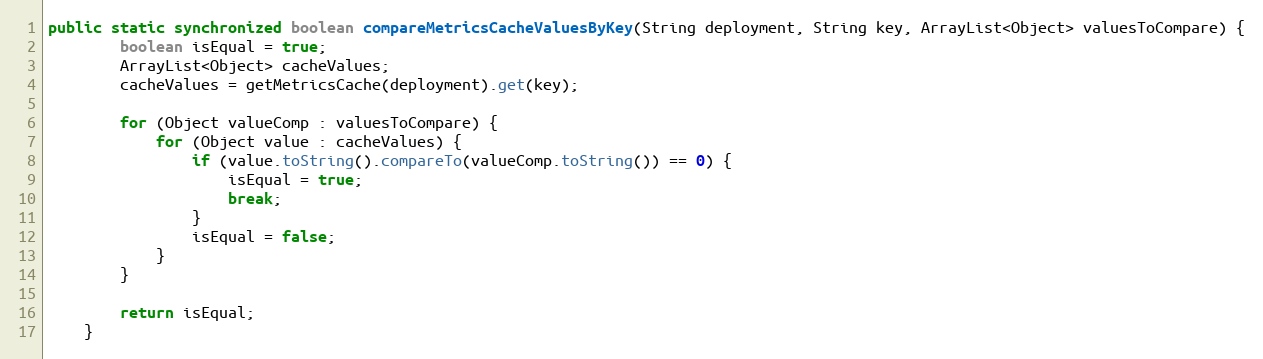
Language: Java
public static synchronized boolean compareMetricsCacheValuesByKey(String deployment, String key, ArrayList<Object> valuesToCompare) {
        boolean isEqual = true;
        ArrayList<Object> cacheValues;
        cacheValues = getMetricsCache(deployment).get(key);

        for (Object valueComp : valuesToCompare) {
            for (Object value : cacheValues) {
                if (value.toString().compareTo(valueComp.toString()) == 0) {
                    isEqual = true;
                    break;
                }
                isEqual = false;
            }
        }

        return isEqual;
    }